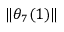
\lVert \theta _ { 7 } ( 1 ) \rVert